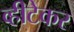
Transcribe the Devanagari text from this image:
व्हीटेकर